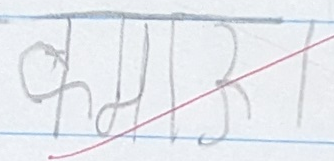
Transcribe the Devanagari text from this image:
कथा